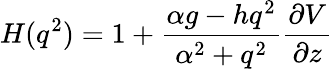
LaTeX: H(q^{2})=1+\frac{\alpha g-hq^{2}}{\alpha^{2}+q^{2}}\frac{\partial V}{\partial z}